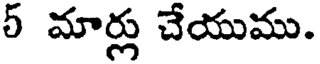
5 మార్లు చేయుము.